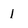
Character: l